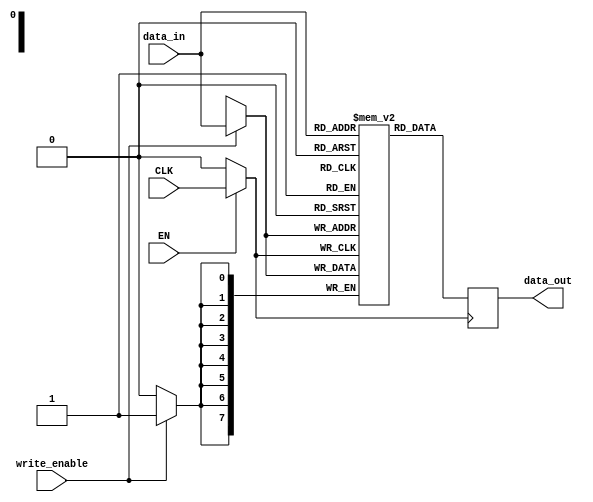
module DynamicClockGating (
    input wire CLK,          // Primary clock signal
    input wire EN,           // Enable signal for gating
    input wire [7:0] data_in, // Data input for memory block (example width)
    input wire write_enable, // Write enable signal
    output reg [7:0] data_out // Data output from memory block
);

// Internal signal for gated clock
reg GCLK;

// Gating Logic: Generate GCLK based on EN
always @* begin
    if (EN) begin
        GCLK = CLK; // Pass through CLK when EN is high
    end else begin
        GCLK = 1'b0; // Disable clock when EN is low
    end
end

// Memory Block (simple register-based example)
reg [7:0] memory [0:255]; // Example memory depth of 256 bytes

// Write and Read Operations based on GCLK
always @(posedge GCLK) begin
    if (write_enable) begin
        // Write data to memory on gated clock
        memory[data_in[7:0]] <= data_in; // Assume address is part of data_in for simplicity
    end
    // Read operation can be performed on GCLK as well
    data_out <= memory[data_in[7:0]]; // Output data from memory based on address
end

endmodule